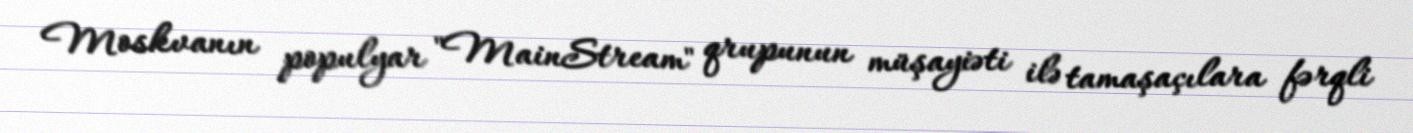
Moskvanın populyar "MainStream" qrupunun müşayiəti ilə tamaşaçılara fərqli